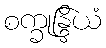
စက္ခုန္ဒြိယံ